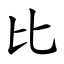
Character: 比